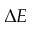
\Delta E